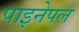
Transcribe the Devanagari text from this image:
पाइनेपल